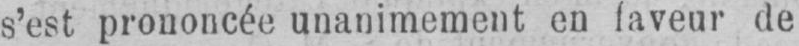
s’est prononcée unanimement en faveur de